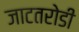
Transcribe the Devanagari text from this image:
जाटतरोडी